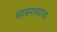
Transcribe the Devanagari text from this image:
सासरच्यांचा